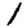
Digit: 1